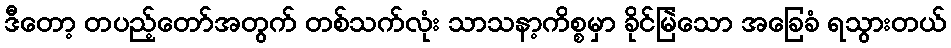
ဒီတော့ တပည့်တော်အတွက် တစ်သက်လုံး သာသနာ့ကိစ္စမှာ ခိုင်မြဲသော အခြေခံ ရသွားတယ်